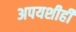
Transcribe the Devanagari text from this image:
अपयशीही